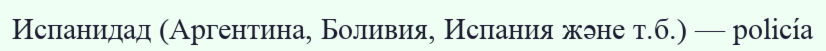
Испанидад (Аргентина, Боливия, Испания және т.б.) — policía